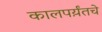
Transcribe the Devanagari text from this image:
कालपर्य़ंतचे